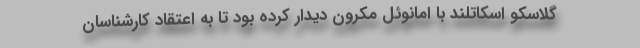
گلاسکو اسکاتلند با امانوئل مکرون دیدار کرده بود تا به اعتقاد کارشناسان